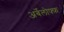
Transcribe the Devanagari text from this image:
अर्बेलोफ्फ़